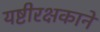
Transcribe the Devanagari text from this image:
यष्टीरक्षकाने